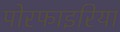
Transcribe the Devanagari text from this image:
पोरफाइरिया